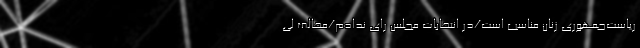
‌ریاست‌جمهوری ‌زنان مناسب است/در انتخابات مجلس رای ندادم/مخالف لی